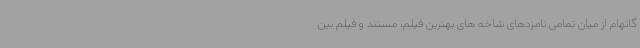
گاتهام از میان تمامی نامزدهای شاخه های بهترین فیلم، مستند و فیلم بین